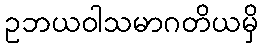
ဥဘယဝါသမာဂတိယမှိ